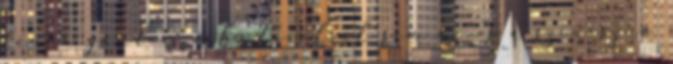
lenne gondom vele távolról sem az. “s a szinésznő